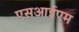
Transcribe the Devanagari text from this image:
एसआईएम